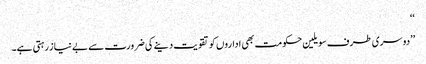
‘‘
’’دوسری طرف سویلین حکومت بھی اداروں کو تقویت دینے کی ضرورت سے بے نیاز رہتی ہے۔